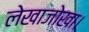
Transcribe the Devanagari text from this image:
लेखाजोखा।